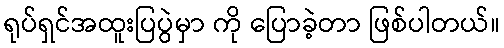
ရုပ်ရှင်အထူးပြပွဲမှာ ကို ပြောခဲ့တာ ဖြစ်ပါတယ်။